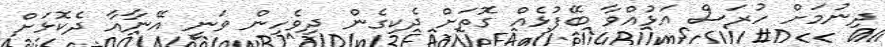
ދިނުމަށް ހުރަސް އަޅުއްވާ ބޭފުޅެއް ގޮތަށް ދެކިގެން ދިވެހިން ވަނީ އޭނާއާ ދެކޮޅަށް